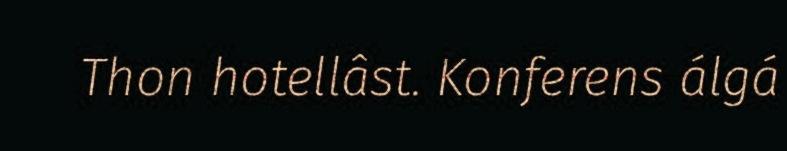
Thon hotellâst. Konferens álgá